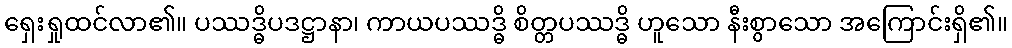
ရှေးရှုထင်လာ၏။ ပဿဒ္ဓိပဒဋ္ဌာနာ၊ ကာယပဿဒ္ဓိ စိတ္တပဿဒ္ဓိ ဟူသော နီးစွာသော အကြောင်းရှိ၏။